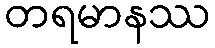
တရမာနဿ